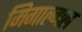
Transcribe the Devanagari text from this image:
मिगाल्गल